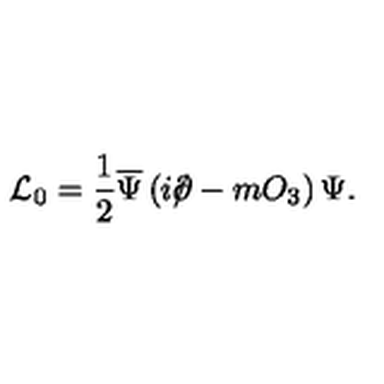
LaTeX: { \cal L } _ { 0 } = \frac 1 2 \overline { \Psi } \left( i \rlap \slash \partial - m O _ { 3 } \right) \Psi .